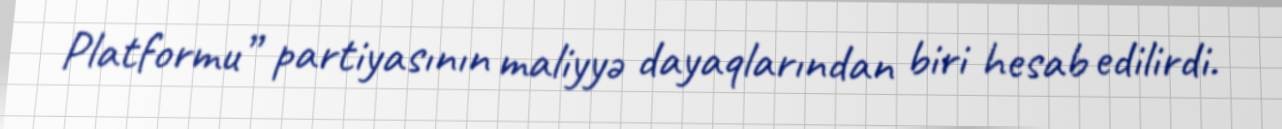
Platformu” partiyasının maliyyə dayaqlarından biri hesab edilirdi.